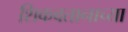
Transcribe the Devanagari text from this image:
शिकवतानाच्या